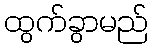
ထွက်ခွာမည်